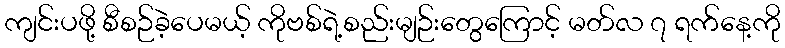
ကျင်းပဖို့ စီစဉ်ခဲ့ပေမယ့် ကိုဗစ်ရဲ့စည်းမျဉ်းတွေကြောင့် မတ်လ ၇ ရက်နေ့ကို